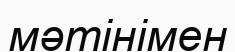
мәтінімен